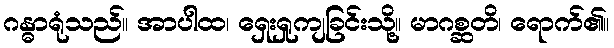
ဂန္ဓာရုံသည်။ အာပါထ၊ ရှေးရှုကျခြင်းသို့။ မာဂစ္ဆတိ၊ ရောက်၏။